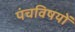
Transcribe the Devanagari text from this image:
पंचविषयों